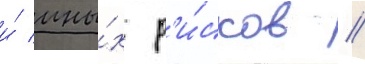
и́ ины́х р'и́сков //